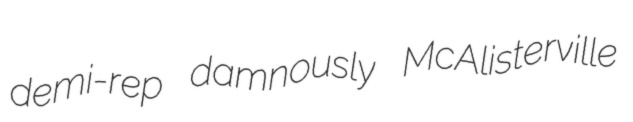
demi-rep damnously McAlisterville